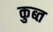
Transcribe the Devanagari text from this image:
कुब्त